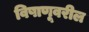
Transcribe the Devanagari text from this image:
विषाणूवरील